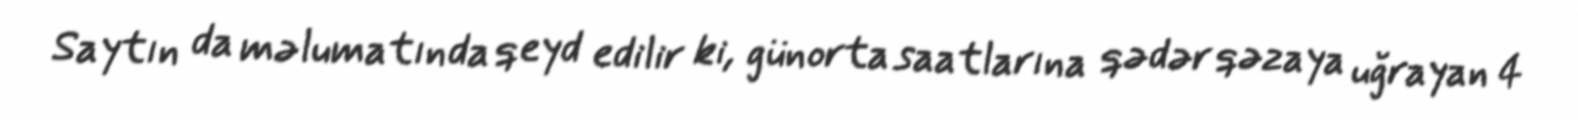
Saytın da məlumatında qeyd edilir ki, günorta saatlarına qədər qəzaya uğrayan 4